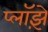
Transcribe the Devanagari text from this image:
प्लॉझ़े